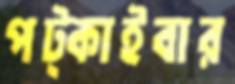
পট্‌কাইবার